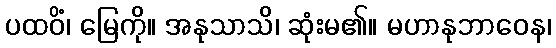
ပထဝိံ၊ မြေကို။ အနုသာသိ၊ ဆုံးမ၏။ မဟာနုဘာဝေန၊